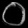
Digit: ၀